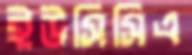
ইউসিসিএ